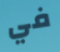
في